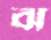
ঝ